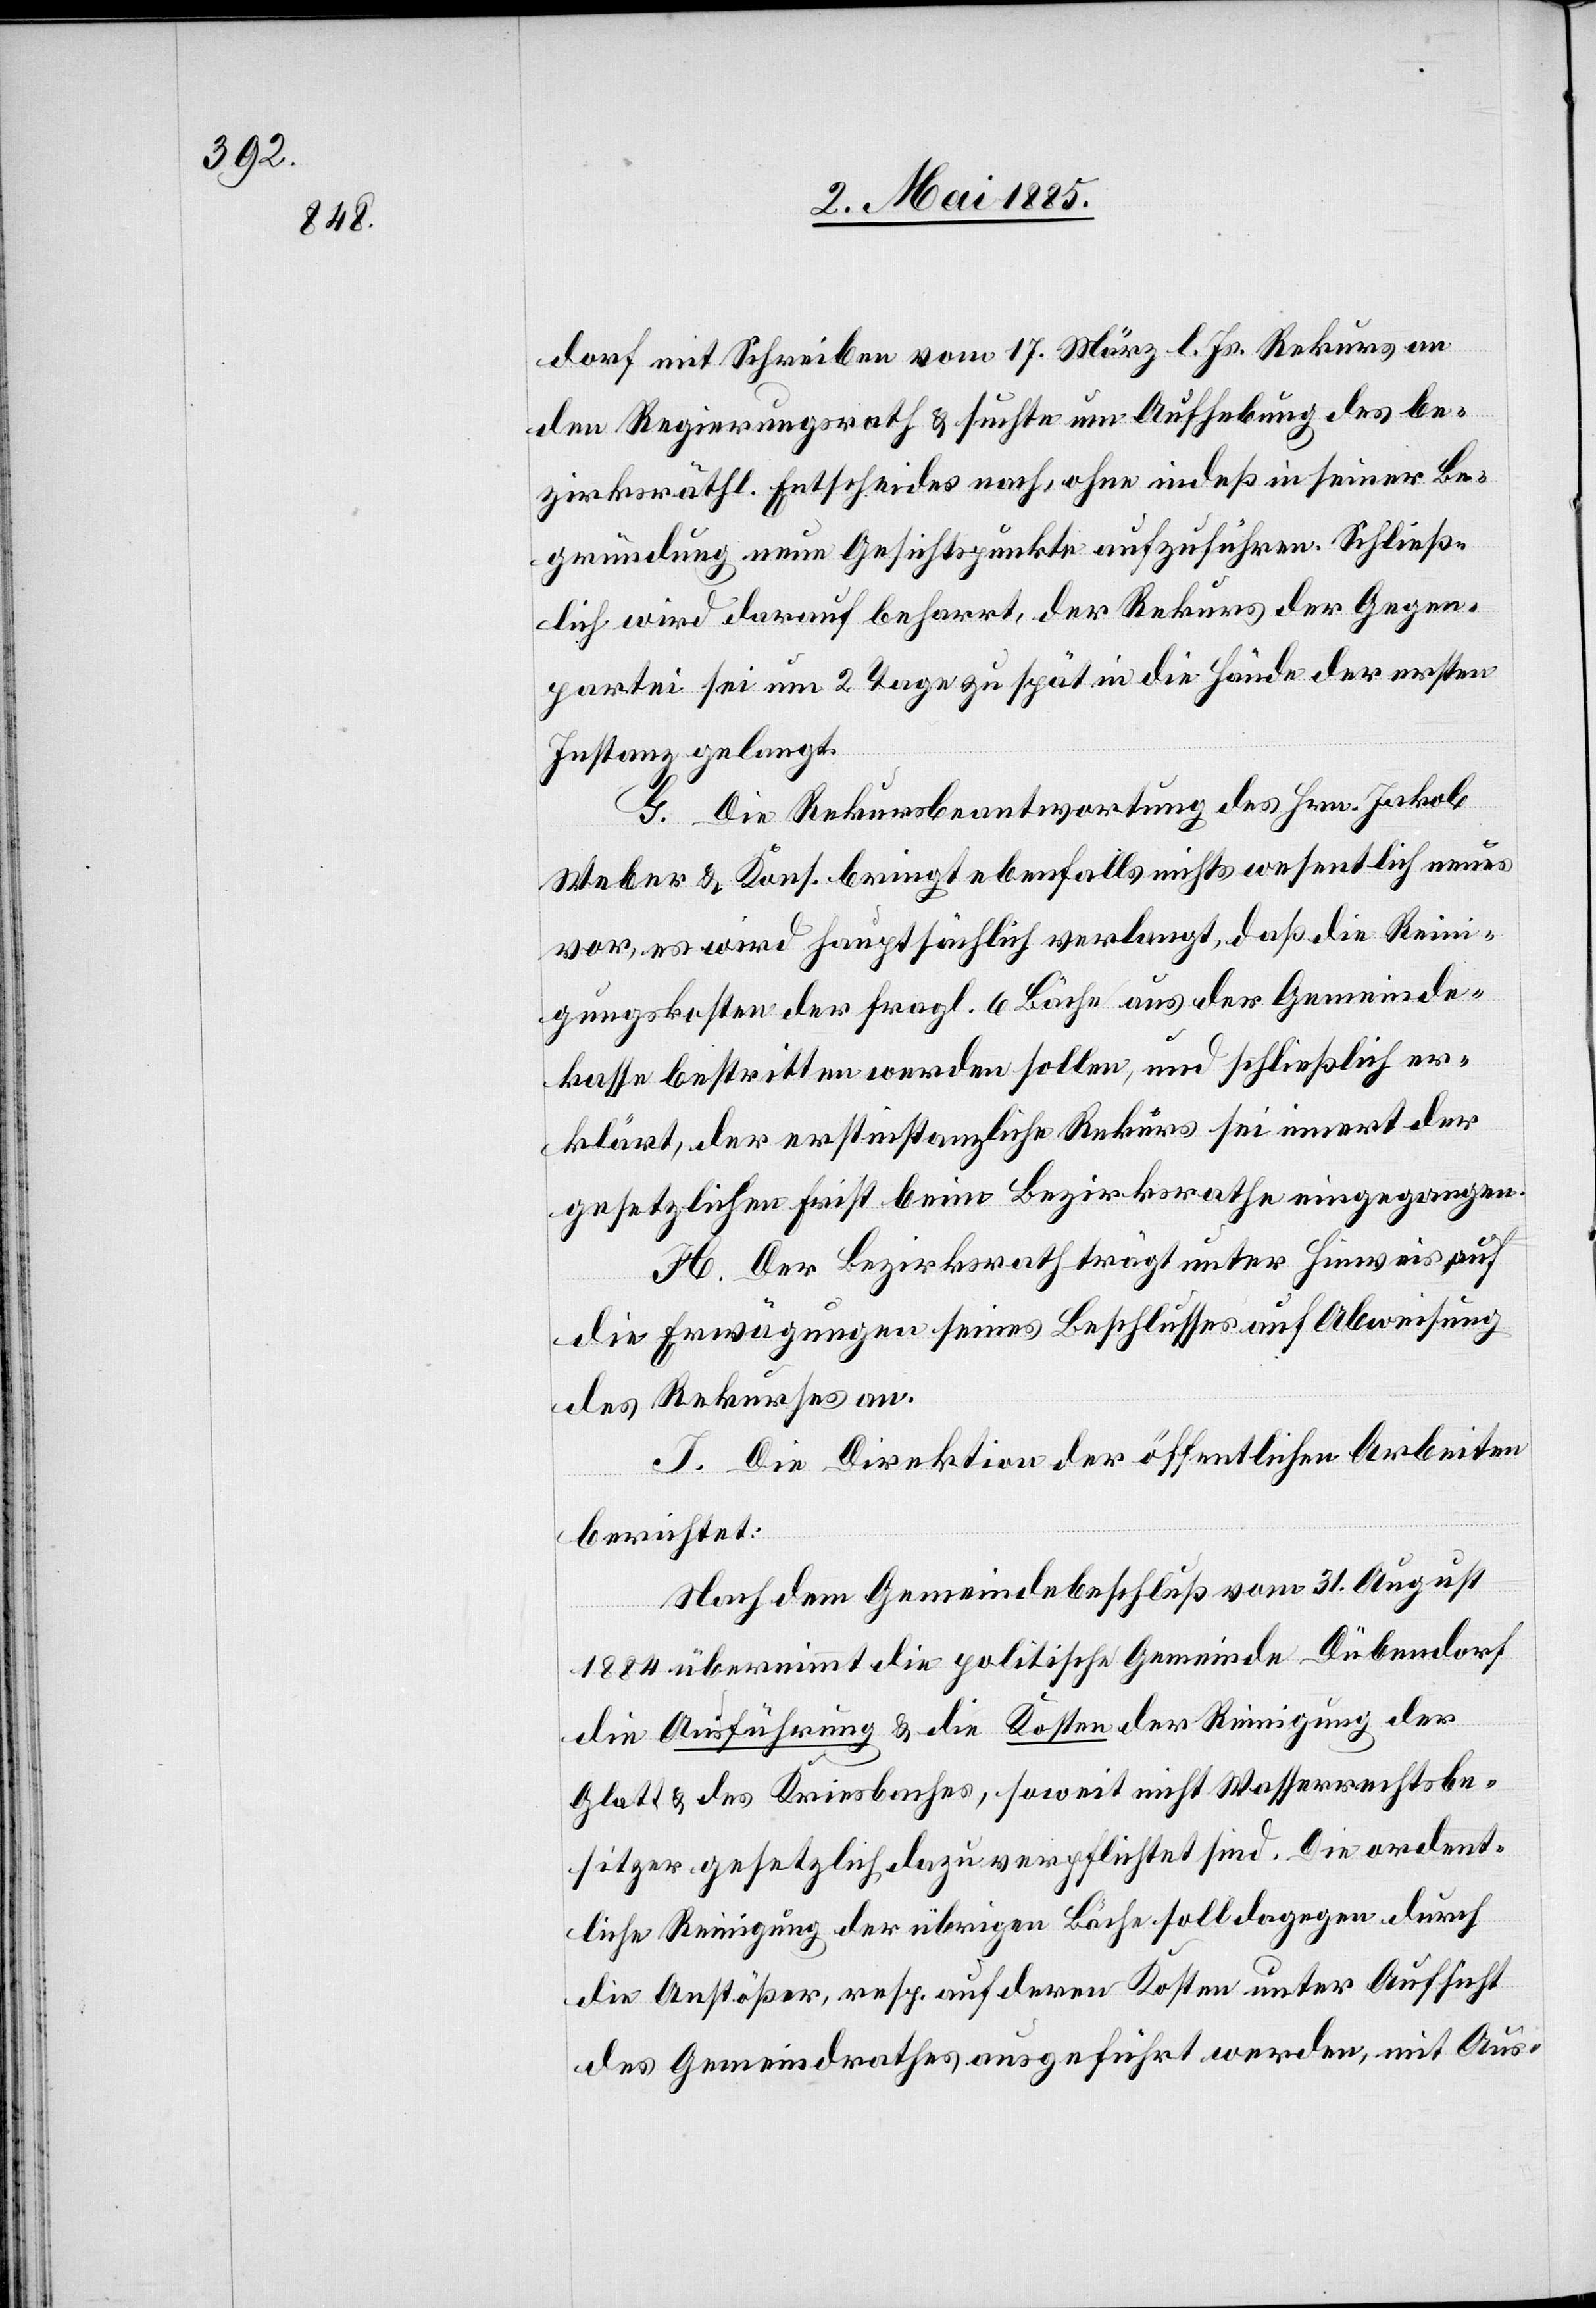
dorf mit Schreiben vom 17. März l. Js. Rekurs an
den Regierungsrath & suchte um Aufhebung des be¬
zirksräthl. Entscheides nach, ohne indeß in seiner Be¬
gründung neue Gesichtspunkte aufzuführen. Schließ¬
lich wird darauf beharrt, der Rekurs der Gegen¬
partei sei um 2 Tage zu spät in die Hände der ersten
Instanz gelangt.
G. Die Rekursbeantwortung des Hrn. Jakob
Weber & Kons. bringt ebenfalls nichts wesentlich neues
vor, es wird hauptsächlich verlangt, daß die Reini¬
gungskosten der fragl. 6 Bäche aus der Gemeinde¬
kasse bestritten werden sollen, und schließlich er¬
klärt, der erstinstanzliche Rekurs sei innert der
gesetzlichen Frist beim Bezirksrath eingegangen.
H. Der Bezirksrath trägt unter Hinweis auf
die Erwägungen seines Beschlusses auf Abweisung
des Rekurses an.
J. Die Direktion der öffentlichen Arbeiten
berichtet:
Nach dem Gemeindebeschluß vom 31. August
1884 übernimmt die politische Gemeinde Dübendorf
die Ausführung & die Kosten der Reinigung der
Glatt & des Kriesbaches, soweit nicht Wasserrechtsbe¬
sitzer gesetzlich dazu verpflichtet sind. Die ordent¬
liche Reinigung der übrigen Bäche soll dagegen durch
die Anstößer, resp. auf deren Kosten unter Aufsicht
des Gemeindrathes ausgeführt werden, mit Aus-